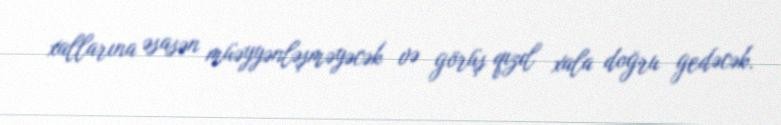
xallarına əsasən müəyyənləşməyəcək və görüş qızıl xala doğru gedəcək.